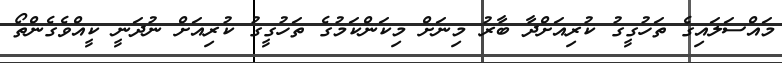
މައްސަލައިގެ ތަހުގީގު ކުރިއަށްދާ ބާރު މިނަށް މިކަންކަމުގެ ތަހުގީގު ކުރިއަށް ނުދަނީ ކީއްވެގެންތޯ